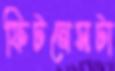
ফিটনেসটা